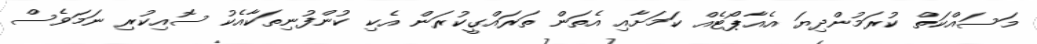
މަސައްކަތް ކުރަމުންދިޔަ އެއާޕޯޓެއް ކަމަށާއި އެތަން ތަރައްގީކުރަން އެކި ކުންފުނިތަކާއެކު ސޮއިކުރި ނަމަވެސް